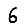
Digit: 6